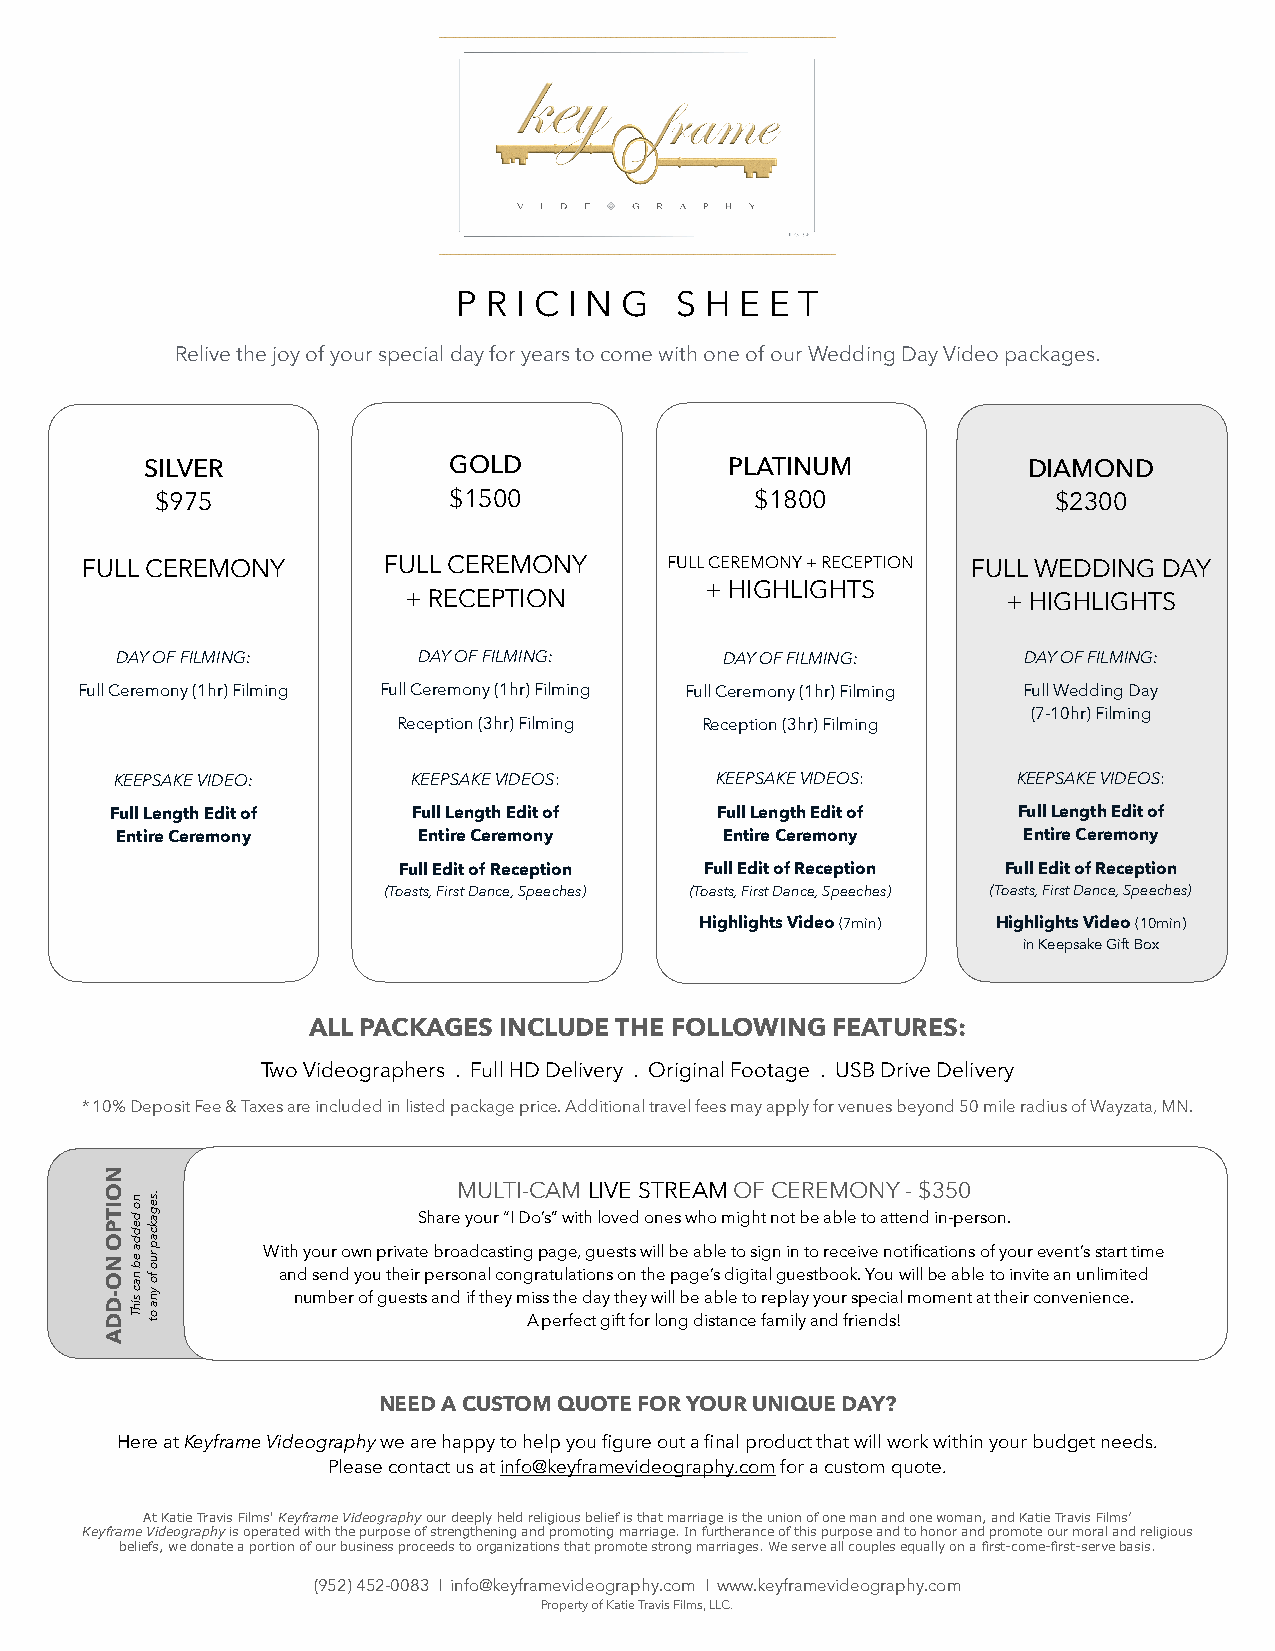
P R I C I N G  S H E E T
 Relive the joy of your special day for years to come with one of our Wedding Day Video packages.
 SILVER              GOLD              PLATINUM            DIAMOND
 $975                $1500               $1800               $2300
 FULL CEREMONY       FULL CEREMONY      FULL CEREMONY + RECEPTION FULL WEDDING DAY
 + HIGHLIGHTS
 + RECEPTION                             + HIGHLIGHTS
 DAY OF FILMING:     DAY OF FILMING:     DAY OF FILMING:     DAY OF FILMING:
 Full Ceremony (1hr) Filming Full Ceremony (1hr) Filming Full Ceremony (1hr) Filming Full Wedding Day
 (7-10hr) Filming
 Reception (3hr) Filming Reception (3hr) Filming
 KEEPSAKE VIDEO:    KEEPSAKE VIDEOS:    KEEPSAKE VIDEOS:    KEEPSAKE VIDEOS:
 Full Length Edit of Full Length Edit of Full Length Edit of Full Length Edit of
 Entire Ceremony     Entire Ceremony     Entire Ceremony     Entire Ceremony
 Full Edit of Reception Full Edit of Reception Full Edit of Reception
 (Toasts, First Dance, Speeches) (Toasts, First Dance, Speeches) (Toasts, First Dance, Speeches)
 Highlights Video (7min) Highlights Video (10min)
 in Keepsake Gift Box
 ALL PACKAGES INCLUDE THE FOLLOWING FEATURES:
 Two Videographers . Full HD Delivery . Original Footage . USB Drive Delivery
 * 10% Deposit Fee & Taxes are included in listed package price. Additional travel fees may apply for venues beyond 50 mile radius of Wayzata, MN.
 MULTI-CAM LIVE STREAM OF CEREMONY - $350
 Share your “I Do’s” with loved ones who might not be able to attend in-person.
 With your own private broadcasting page, guests will be able to sign in to receive notifications of your event’s start time
 and send you their personal congratulations on the page’s digital guestbook. You will be able to invite an unlimited
 number of guests and if they miss the day they will be able to replay your special moment at their convenience.
 A perfect gift for long distance family and friends!
 NEED A CUSTOM QUOTE FOR YOUR UNIQUE DAY?
 Here at Keyframe Videography we are happy to help you figure out a final product that will work within your budget needs.
 Please contact us at info@keyframevideography.com for a custom quote.
 At Katie Travis Films' Keyframe Videography our deeply held religious belief is that marriage is the union of one man and one woman, and Katie Travis Films’
 Keyframe Videography is operated with the purpose of strengthening and promoting marriage. In furtherance of this purpose and to honor and promote our moral and religious
 beliefs, we donate a portion of our business proceeds to organizations that promote strong marriages. We serve all couples equally on a first-come-first-serve basis.
 (952) 452-0083 I info@keyframevideography.com I www.keyframevideography.com
 Property of Katie Travis Films, LLC.
 NOITPO
 NO-DDA
 no
 dedda
 eb
 nac
 sihT
 .segakcap
 ruo
 fo
 yna
 ot